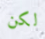
لكن